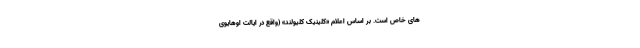
های خاص است. بر اساس اعلام «کلینیک کلیولند» (واقع در ایالت اوهایوی